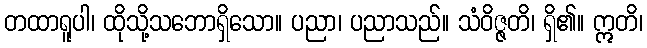
တထာရူပါ၊ ထိုသို့သဘောရှိသော။ ပညာ၊ ပညာသည်။ သံဝိဇ္ဇတိ၊ ရှိ၏။ ဣတိ၊